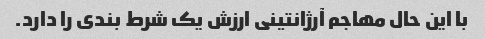
با این حال مهاجم آرژانتینی ارزش یک شرط بندی را دارد.